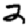
Digit: 2